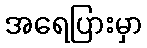
အရေပြားမှာ